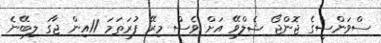
ސްވަންސީގެ ޖޮންޖޯ ޝެލްވޭ އަށް ވެސް މިރޭ ފުރަތަމަ 11އިން ޖާގަ ލިބޭނެ